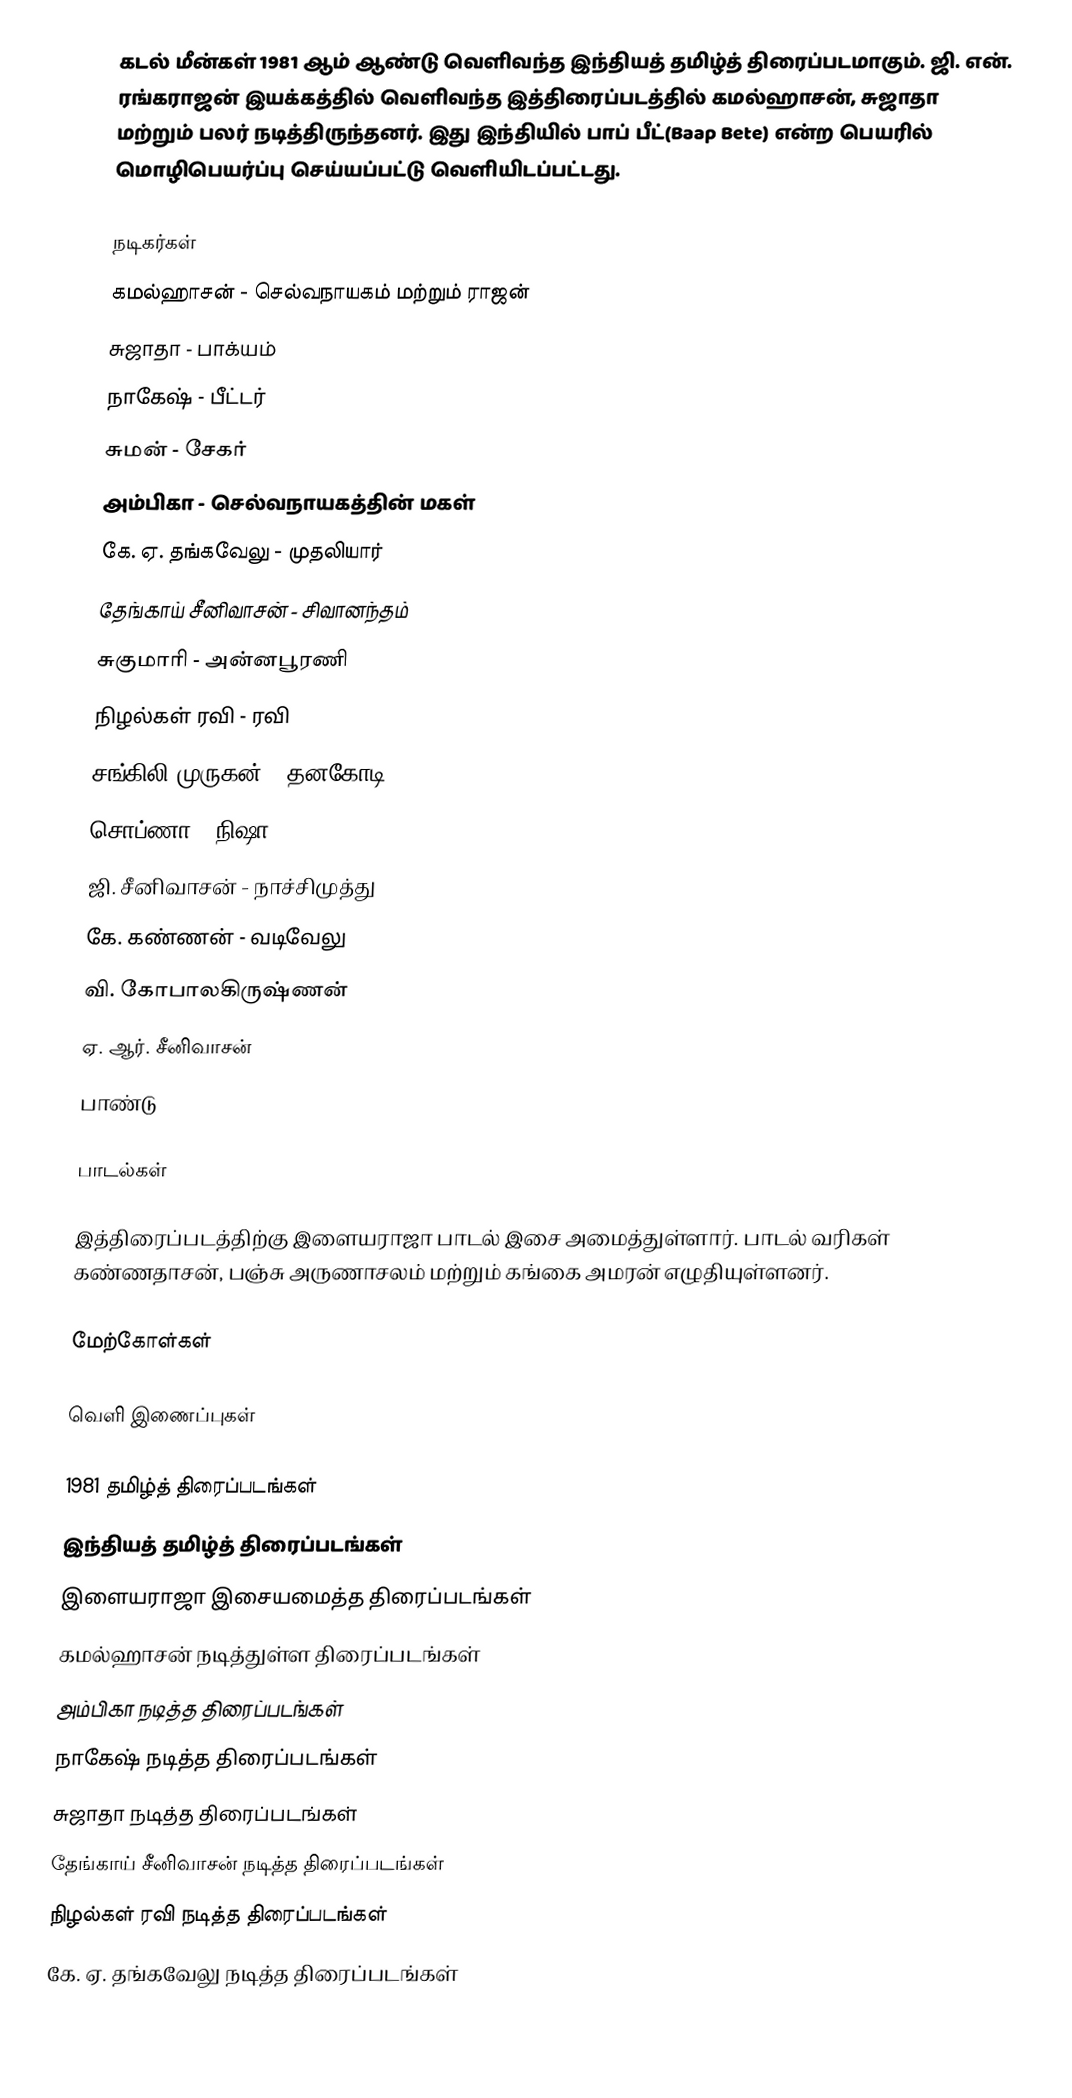
கடல் மீன்கள் 1981 ஆம் ஆண்டு வெளிவந்த இந்தியத் தமிழ்த் திரைப்படமாகும். ஜி. என். ரங்கராஜன் இயக்கத்தில் வெளிவந்த இத்திரைப்படத்தில் கமல்ஹாசன், சுஜாதா மற்றும் பலர் நடித்திருந்தனர். இது இந்தியில் பாப் பீட்(Baap Bete) என்ற பெயரில் மொழிபெயர்ப்பு செய்யப்பட்டு வெளியிடப்பட்டது.

நடிகர்கள்
கமல்ஹாசன் - செல்வநாயகம் மற்றும் ராஜன்
சுஜாதா - பாக்யம்
நாகேஷ் - பீட்டர்
சுமன் - சேகர்
அம்பிகா - செல்வநாயகத்தின் மகள்
கே. ஏ. தங்கவேலு - முதலியார்
தேங்காய் சீனிவாசன் - சிவானந்தம்
சுகுமாரி - அன்னபூரணி
நிழல்கள் ரவி - ரவி
சங்கிலி முருகன் - தனகோடி
சொப்ணா - நிஷா
ஜி. சீனிவாசன் - நாச்சிமுத்து
கே. கண்ணன் - வடிவேலு
வி. கோபாலகிருஷ்ணன்
ஏ. ஆர். சீனிவாசன்
பாண்டு

பாடல்கள்

இத்திரைப்படத்திற்கு இளையராஜா பாடல் இசை அமைத்துள்ளார். பாடல் வரிகள் கண்ணதாசன், பஞ்சு அருணாசலம் மற்றும் கங்கை அமரன் எழுதியுள்ளனர்.

மேற்கோள்கள்

வெளி இணைப்புகள்

1981 தமிழ்த் திரைப்படங்கள்
இந்தியத் தமிழ்த் திரைப்படங்கள்
இளையராஜா இசையமைத்த திரைப்படங்கள்
கமல்ஹாசன் நடித்துள்ள திரைப்படங்கள்
அம்பிகா நடித்த திரைப்படங்கள்
நாகேஷ் நடித்த திரைப்படங்கள்
சுஜாதா நடித்த திரைப்படங்கள்
தேங்காய் சீனிவாசன் நடித்த திரைப்படங்கள்
நிழல்கள் ரவி நடித்த திரைப்படங்கள்
கே. ஏ. தங்கவேலு நடித்த திரைப்படங்கள்